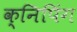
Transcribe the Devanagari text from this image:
क्निपिंग